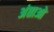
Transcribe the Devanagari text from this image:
अंताओ